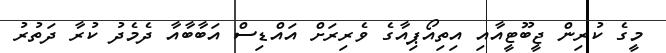
މީގެ ކުރިން ޖީބޫޓީއާއި އިތިއޯޕިއާގެ ވެރިރަށް އައްޑިސް އަބާބާއާ ދެމެދު ކުރާ ދަތުރު